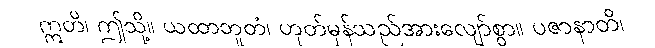
ဣတိ၊ ဤသို့။ ယထာဘူတံ၊ ဟုတ်မှန်သည်အားလျော်စွာ။ ပဇာနာတိ၊